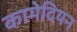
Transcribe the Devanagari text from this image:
कामेदियन